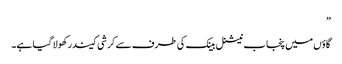
”
گاؤں میں پنجاب نیشنل بینک کی طرف سے کرشی کیندر کھولا گیا ہے۔